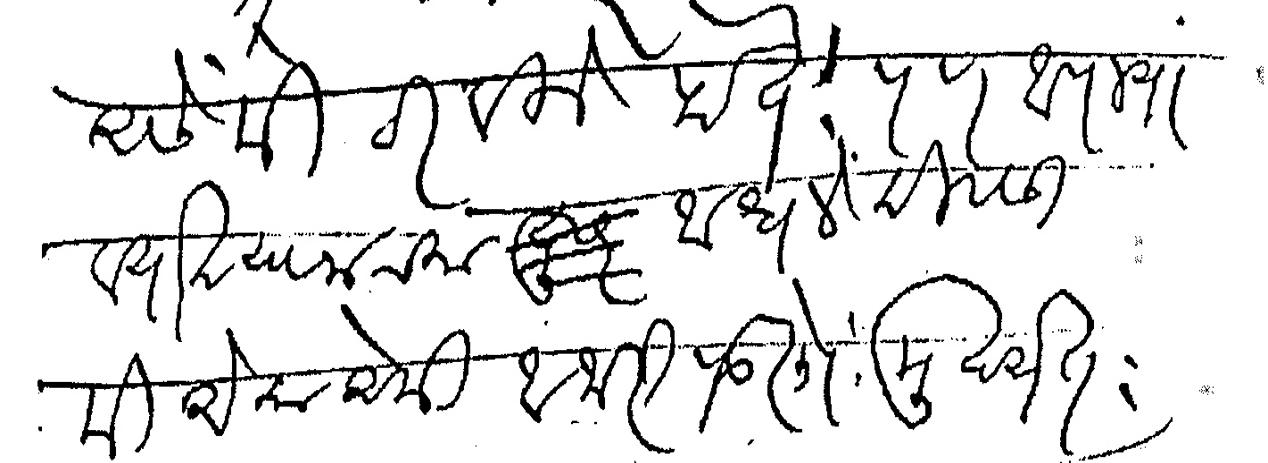
Transliteration (Devanagari): असे मी ठरविले होते पण आपल्या व्याख्यानाच्या आधले दिवसी मी एकाएकी आजारी पडलो मुख्यत